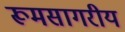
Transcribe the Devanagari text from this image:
रूमसागरीय